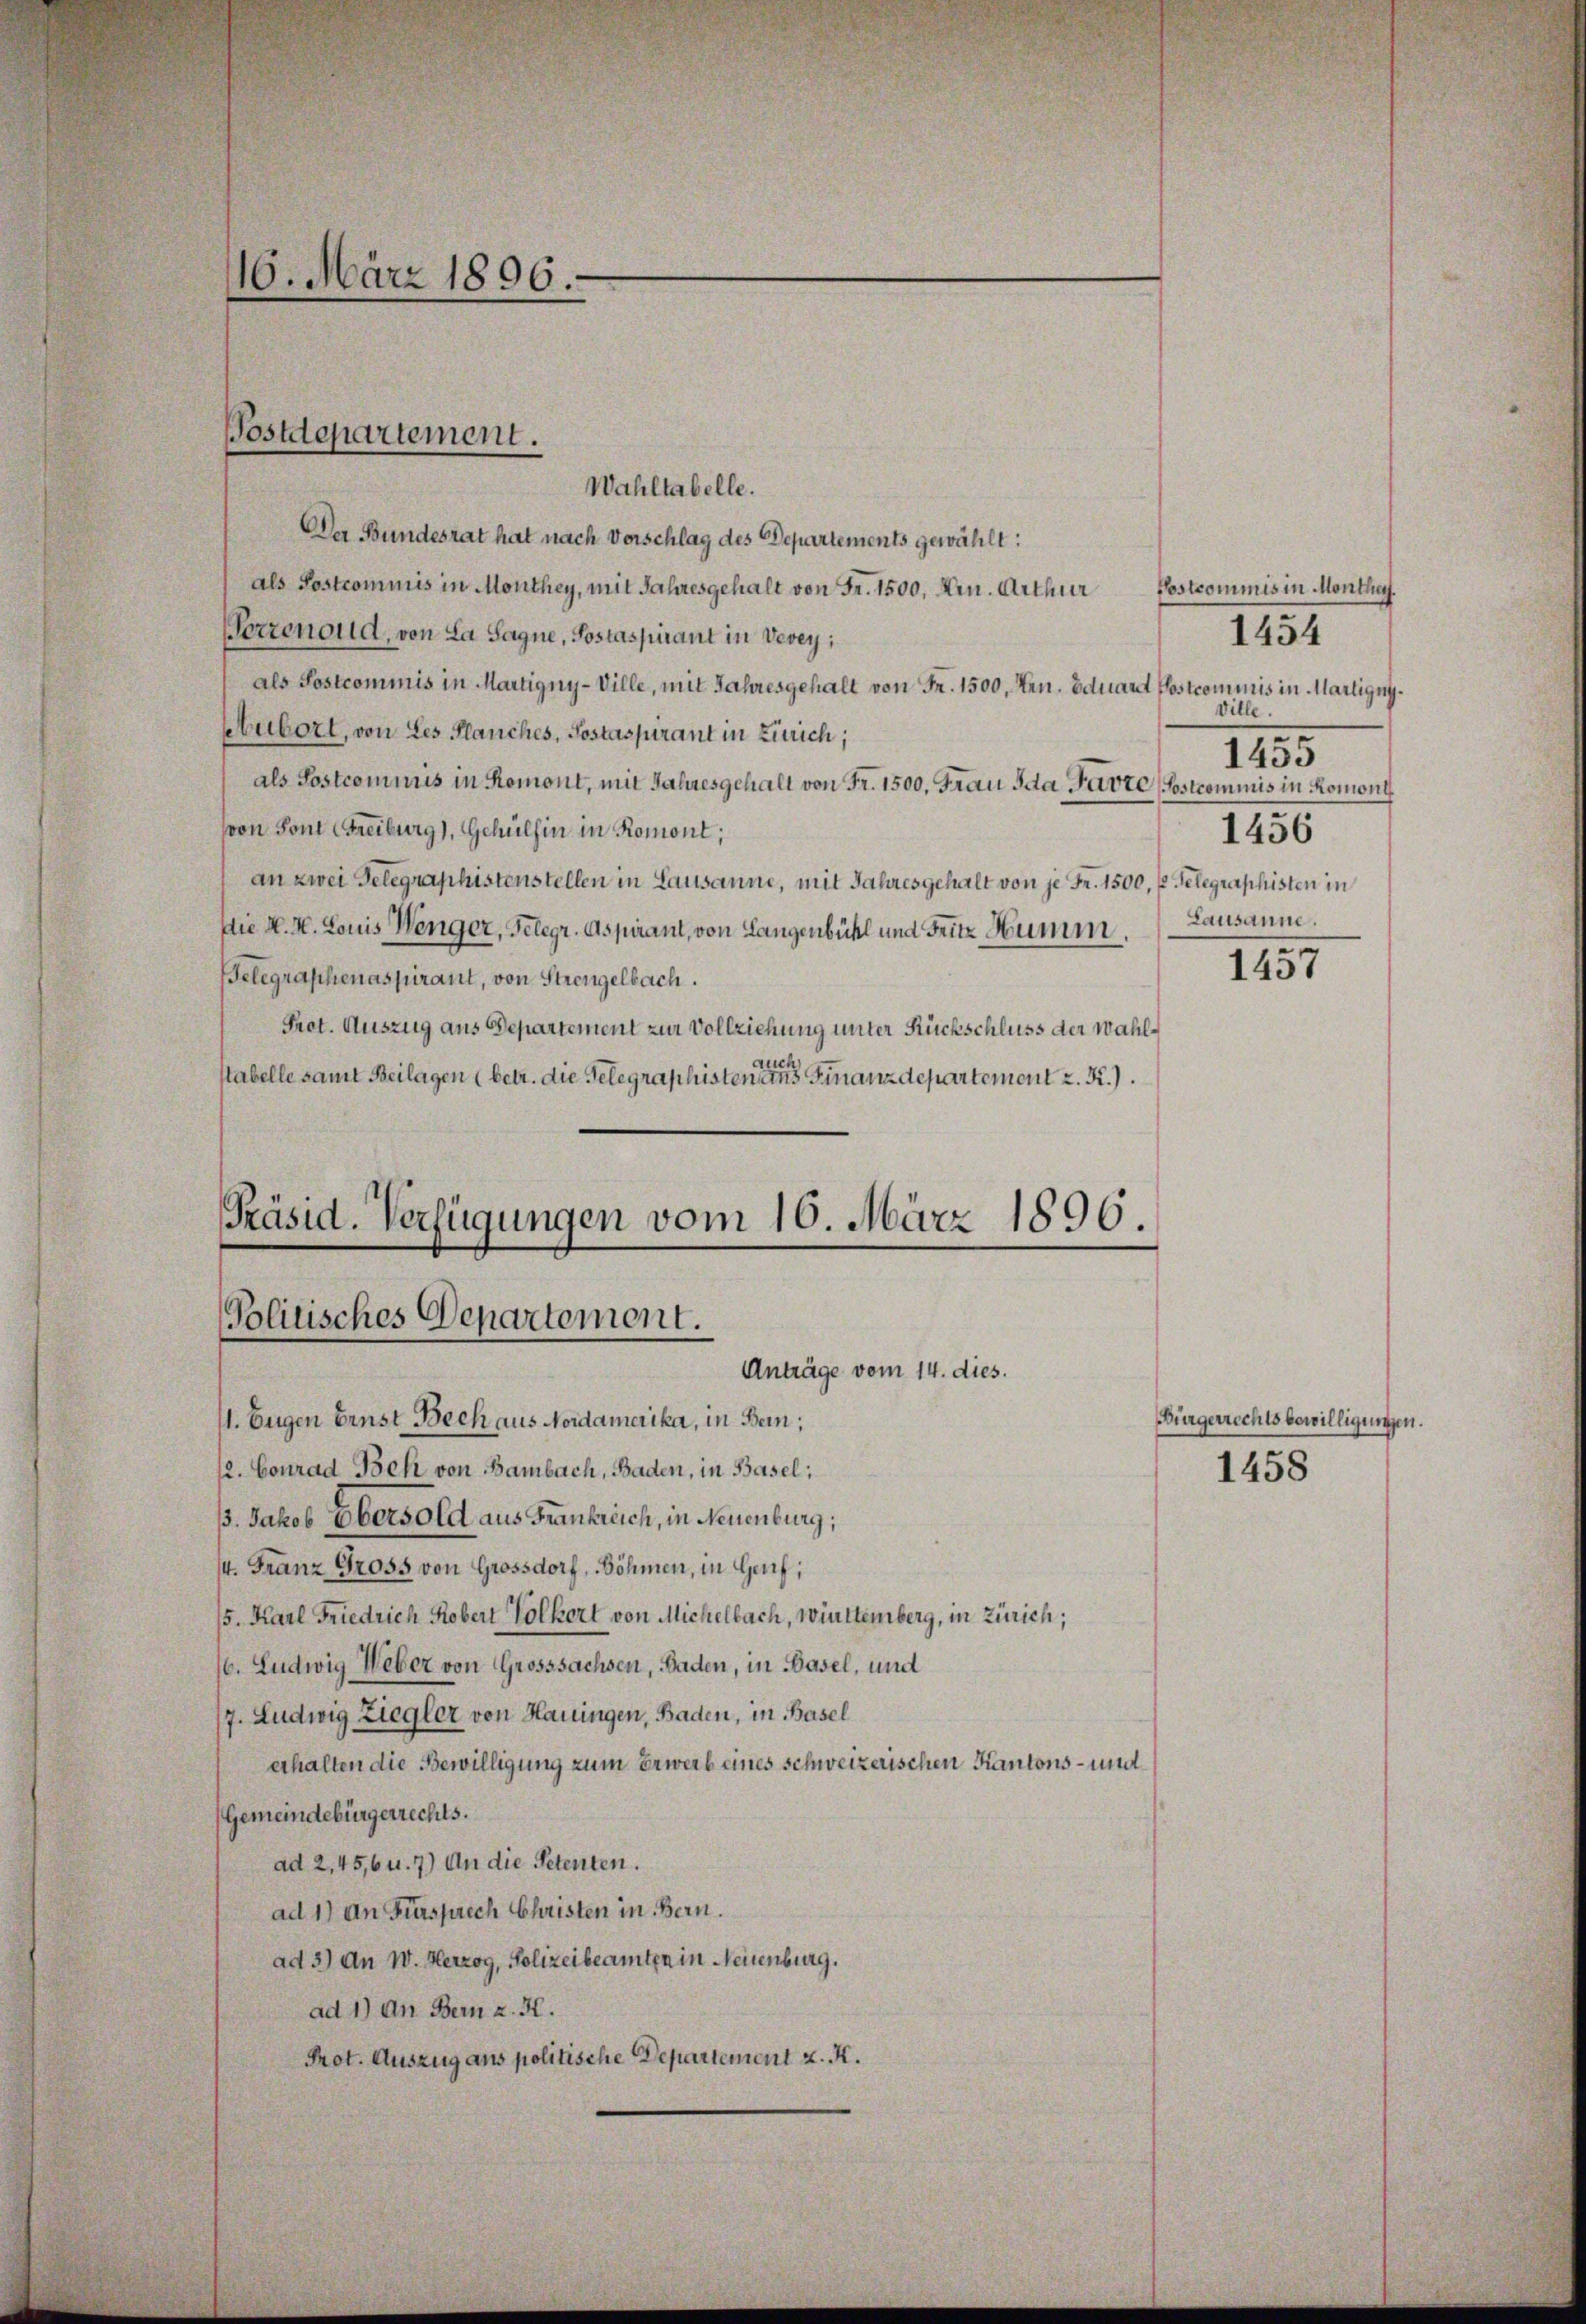
Wahltabelle.
Der Bundesrat hat nach Vorschlag des Departements gewählt:
als Postcommis in Monthey, mit Jahresgehalt von Fr. 1500, Arn. Arthur
Verzenoud, von La Sagne, Postaspirant in Vevey;
als Postcommis in Martigny-Ville, mit Jahresgehalt von Fr. 1500, Ven. Eduard Postcommis in Martigny.
bubort, von des Planches, Postaspirant in Zürich;
als Postcommis in Romont, mit Jahresgehalt von Fr. 1500. Frau Ida Parte (Costcommis in Romont
von Sont Freiburg), Schulhin in Romont;
an zwei Gelegraphistenstellen in Lausanne, mit Jahresgehalt von je Fr. 1500. fl Gelegraphisten in
Die K. H. Louis Wenger, Telegr. Aspirant, von Langenbühl und Fritz Humm.
Belegraphenaspirant, von Strengelbach.
Prot. Auszug aus Departement zur Vollziehung unter Rückschluss der Wahlauch
stabelle samt Beilagen (betr. die Gelegraphisten ans Finanzdepartement z. R.).

16. März 1896.

Postdepartement.

Präsid. Verfügungen vom 16. März 1896.
Blitisches Departement.
Anträge vom 14. dies.

M. Eugen Ernst Bech aus Nordamerika, in Bern;
/2. Conrad Beh von Bambach, Baden, in Basel;
B. Jakob Obersold aus Frankreich, in Neuenburg,
4. Franz Gross von Grossdorf, Böhmen, in Genf,
/5. Karl Friedrich Kobert Volkert von Michelbach, Wittemberg, in Zürich;
16. Ludwig Weber von Grosssachsen, Baden, in Basel, und
/7. Ludwig Ziegler von Hauingen, Baden, in Basel
erhalten die Bewilligung zum Erwerb eines schweizerischen Kantons- und
Gemeindebürgerrechts.
ad 2, 45,6 u. 7) An die Petenten.
ad 1) an Fürsprech Christen in Bern.
ad 3) An W. Herzog, Polizeibeamten in Neuenburg.
ad 1) An Bern a. K.
Prot. Auszug aus politische Departement z. K.

Postcommis in Montha
Ville.
1455
1456
Lausanne.

1454

1457

Bürgerrechtsbewilligungen.
1458